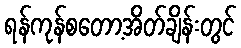
ရန်ကုန်စတော့အိတ်ချိန်းတွင်